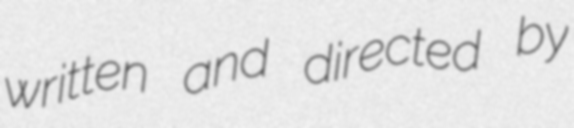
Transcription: written and directed by